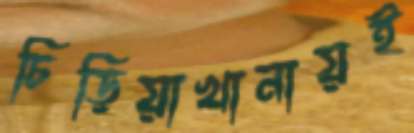
চিড়িয়াখানায়ই